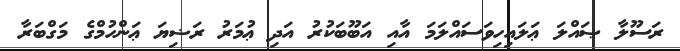
ރަސޫލާ ޞައްލަ ޢަލައިހިވަސައްލަމަ އާއި އަބޫބަކުރު އަދި ޢުމަރު ރަޟިޔަ ޢަންހުމްގެ މަގްބަރާ